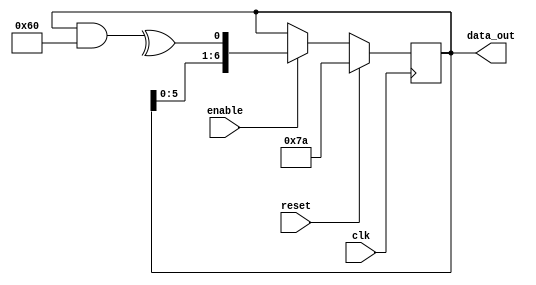
module lfsr(
  input  wire                 clk,
  input  wire                 reset,
  input  wire                 enable,
  output reg  [LFSR_SIZE-1:0] data_out
);

parameter integer         LFSR_SIZE = 7;
parameter [LFSR_SIZE:0]   LFSR_POLY = 8'b11000001;
parameter [LFSR_SIZE-1:0] LFSR_INIT = 7'b1111010;

integer i;

wire feedback = ^(data_out & LFSR_POLY[LFSR_SIZE:1]);

// generate
//   genvar gen_i;
//   wire feedback = 1'b0;
// 
//   for (gen_i = 0; gen_i < LFSR_SIZE; gen_i = gen_i + 1)
//   begin : gen_for
//     if (LFSR_POLY[gen_i])
//     begin : gen_if
//       assign feedback = feedback ^ data_out[gen_i];
//     end
//   end
// endgenerate

initial data_out = LFSR_INIT;

always @(posedge clk)
  if (reset)
    data_out <= LFSR_INIT;
  else if (enable)
    data_out <= { data_out[(LFSR_SIZE - 2):0], feedback };

endmodule